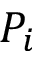
P _ { i }